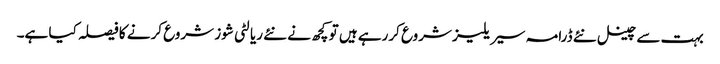
بہت سے چینل نئے ڈرامہ سیریلیز شروع کررہے ہیں تو کچھ نے نئے ریالٹی شوز شروع کرنے کا فیصلہ کیا ہے۔